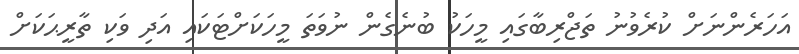
އަހަރެންނަށް ކުރެވުނު ތަޖްރިބާގައި މީހަކު ބުނެގެން ނުވަތަ މީހަކަށްޓަކައި އަދި ވަކި ތާރީޙަކަށް